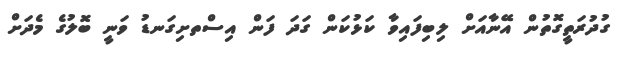
ގުދުރަތީގޮތުން އޭނާއަށް ލިބިފައިވާ ކަޅުކަން ގަދަ ފަން އިސްތށިގަނޑު ވަނީ ބޮލުގެ މެދަށް